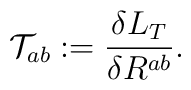
{\cal T}_{ab}:=\frac{\delta {L}_{T}}{\delta R^{ab}}.